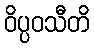
ဝိပ္ပဝသီတိ